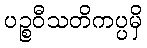
ပဉ္စဝီသတိကပ္ပမှိ